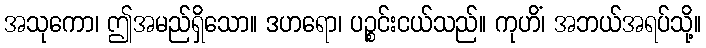
အသုကော၊ ဤအမည်ရှိသော။ ဒဟရော၊ ပဉ္စင်းငယ်သည်။ ကုဟိံ၊ အဘယ်အရပ်သို့။